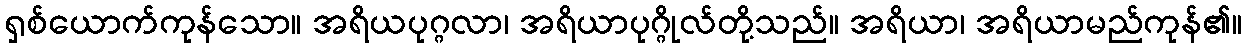
ရှစ်ယောက်ကုန်သော။ အရိယပုဂ္ဂလာ၊ အရိယာပုဂ္ဂိုလ်တို့သည်။ အရိယာ၊ အရိယာမည်ကုန်၏။